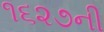
૧૬૨૭ની